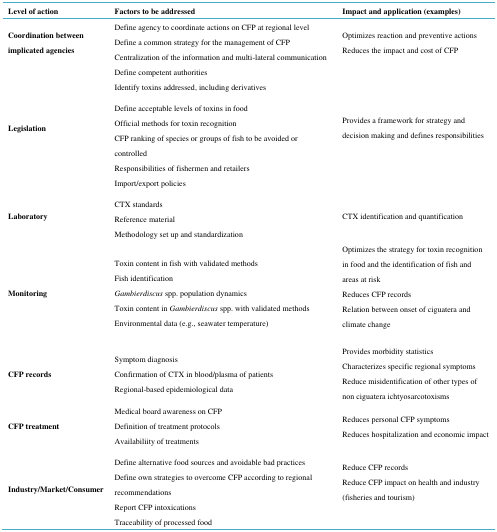
<table><thead><tr><td><b>Level of action</b></td><td><b>Factors to be addressed</b></td><td><b>Impact and application (examples)</b></td></tr></thead><tbody><tr><td><b>Coordination between implicated agencies</b></td><td>Define agency to coordinate actions on CFP at regional levelDefine a common strategy for the management of CFPCentralization of the information and multi-lateral communicationDefine competent authoritiesIdentify toxins addressed, including derivatives</td><td>Optimizes reaction and preventive actionsReduces the impact and cost of CFP</td></tr><tr><td><b>Legislation</b></td><td>Define acceptable levels of toxins in foodOfficial methods for toxin recognitionCFP ranking of species or groups of fish to be avoided or controlledResponsibilities of fishermen and retailersImport/export policies</td><td>Provides a framework for strategy and decision making and defines responsibilities</td></tr><tr><td><b>Laboratory</b></td><td>CTX standardsReference materialMethodology set up and standardization</td><td>CTX identification and quantification</td></tr><tr><td><b>Monitoring</b></td><td>Toxin content in fish with validated methodsFish identification<i>Gambierdiscus</i> spp. population dynamicsToxin content in <i>Gambierdiscus</i> spp. with validated methodsEnvironmental data (e.g., seawater temperature)</td><td>Optimizes the strategy for toxin recognition in food and the identification of fish and areas at riskReduces CFP recordsRelation between onset of ciguatera and climate change</td></tr><tr><td><b>CFP records</b></td><td>Symptom diagnosisConfirmation of CTX in blood/plasma of patientsRegional-based epidemiological data</td><td>Provides morbidity statisticsCharacterizes specific regional symptomsReduce misidentification of other types of non ciguatera ichtyosarcotoxisms</td></tr><tr><td><b>CFP treatment</b></td><td>Medical board awareness on CFPDefinition of treatment protocolsAvailabiliity of treatments</td><td>Reduces personal CFP symptomsReduces hospitalization and economic impact</td></tr><tr><td><b>Industry/Market/Consumer</b></td><td>Define alternative food sources and avoidable bad practicesDefine own strategies to overcome CFP according to regional recommendationsReport CFP intoxicationsTraceability of processed food</td><td>Reduce CFP recordsReduce CFP impact on health and industry (fisheries and tourism)</td></tr></tbody></table>